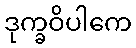
ဒုက္ခဝိပါကေ